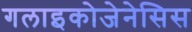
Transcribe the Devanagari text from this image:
गलाइकोजेनेसिस